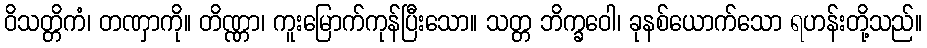
ဝိသတ္တိကံ၊ တဏှာကို။ တိဏ္ဏာ၊ ကူးမြောက်ကုန်ပြီးသော။ သတ္တ ဘိက္ခဝေါ၊ ခုနစ်ယောက်သော ရဟန်းတို့သည်။